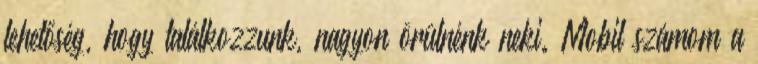
lehetőség, hogy találkozzunk, nagyon örülnénk neki. Mobil számom a